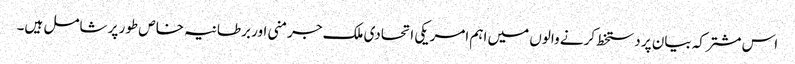
اس مشترکہ بیان پر دستخط کرنے والوں میں اہم امریکی اتحادی ملک جرمنی اور برطانیہ خاص طور پر شامل ہیں۔